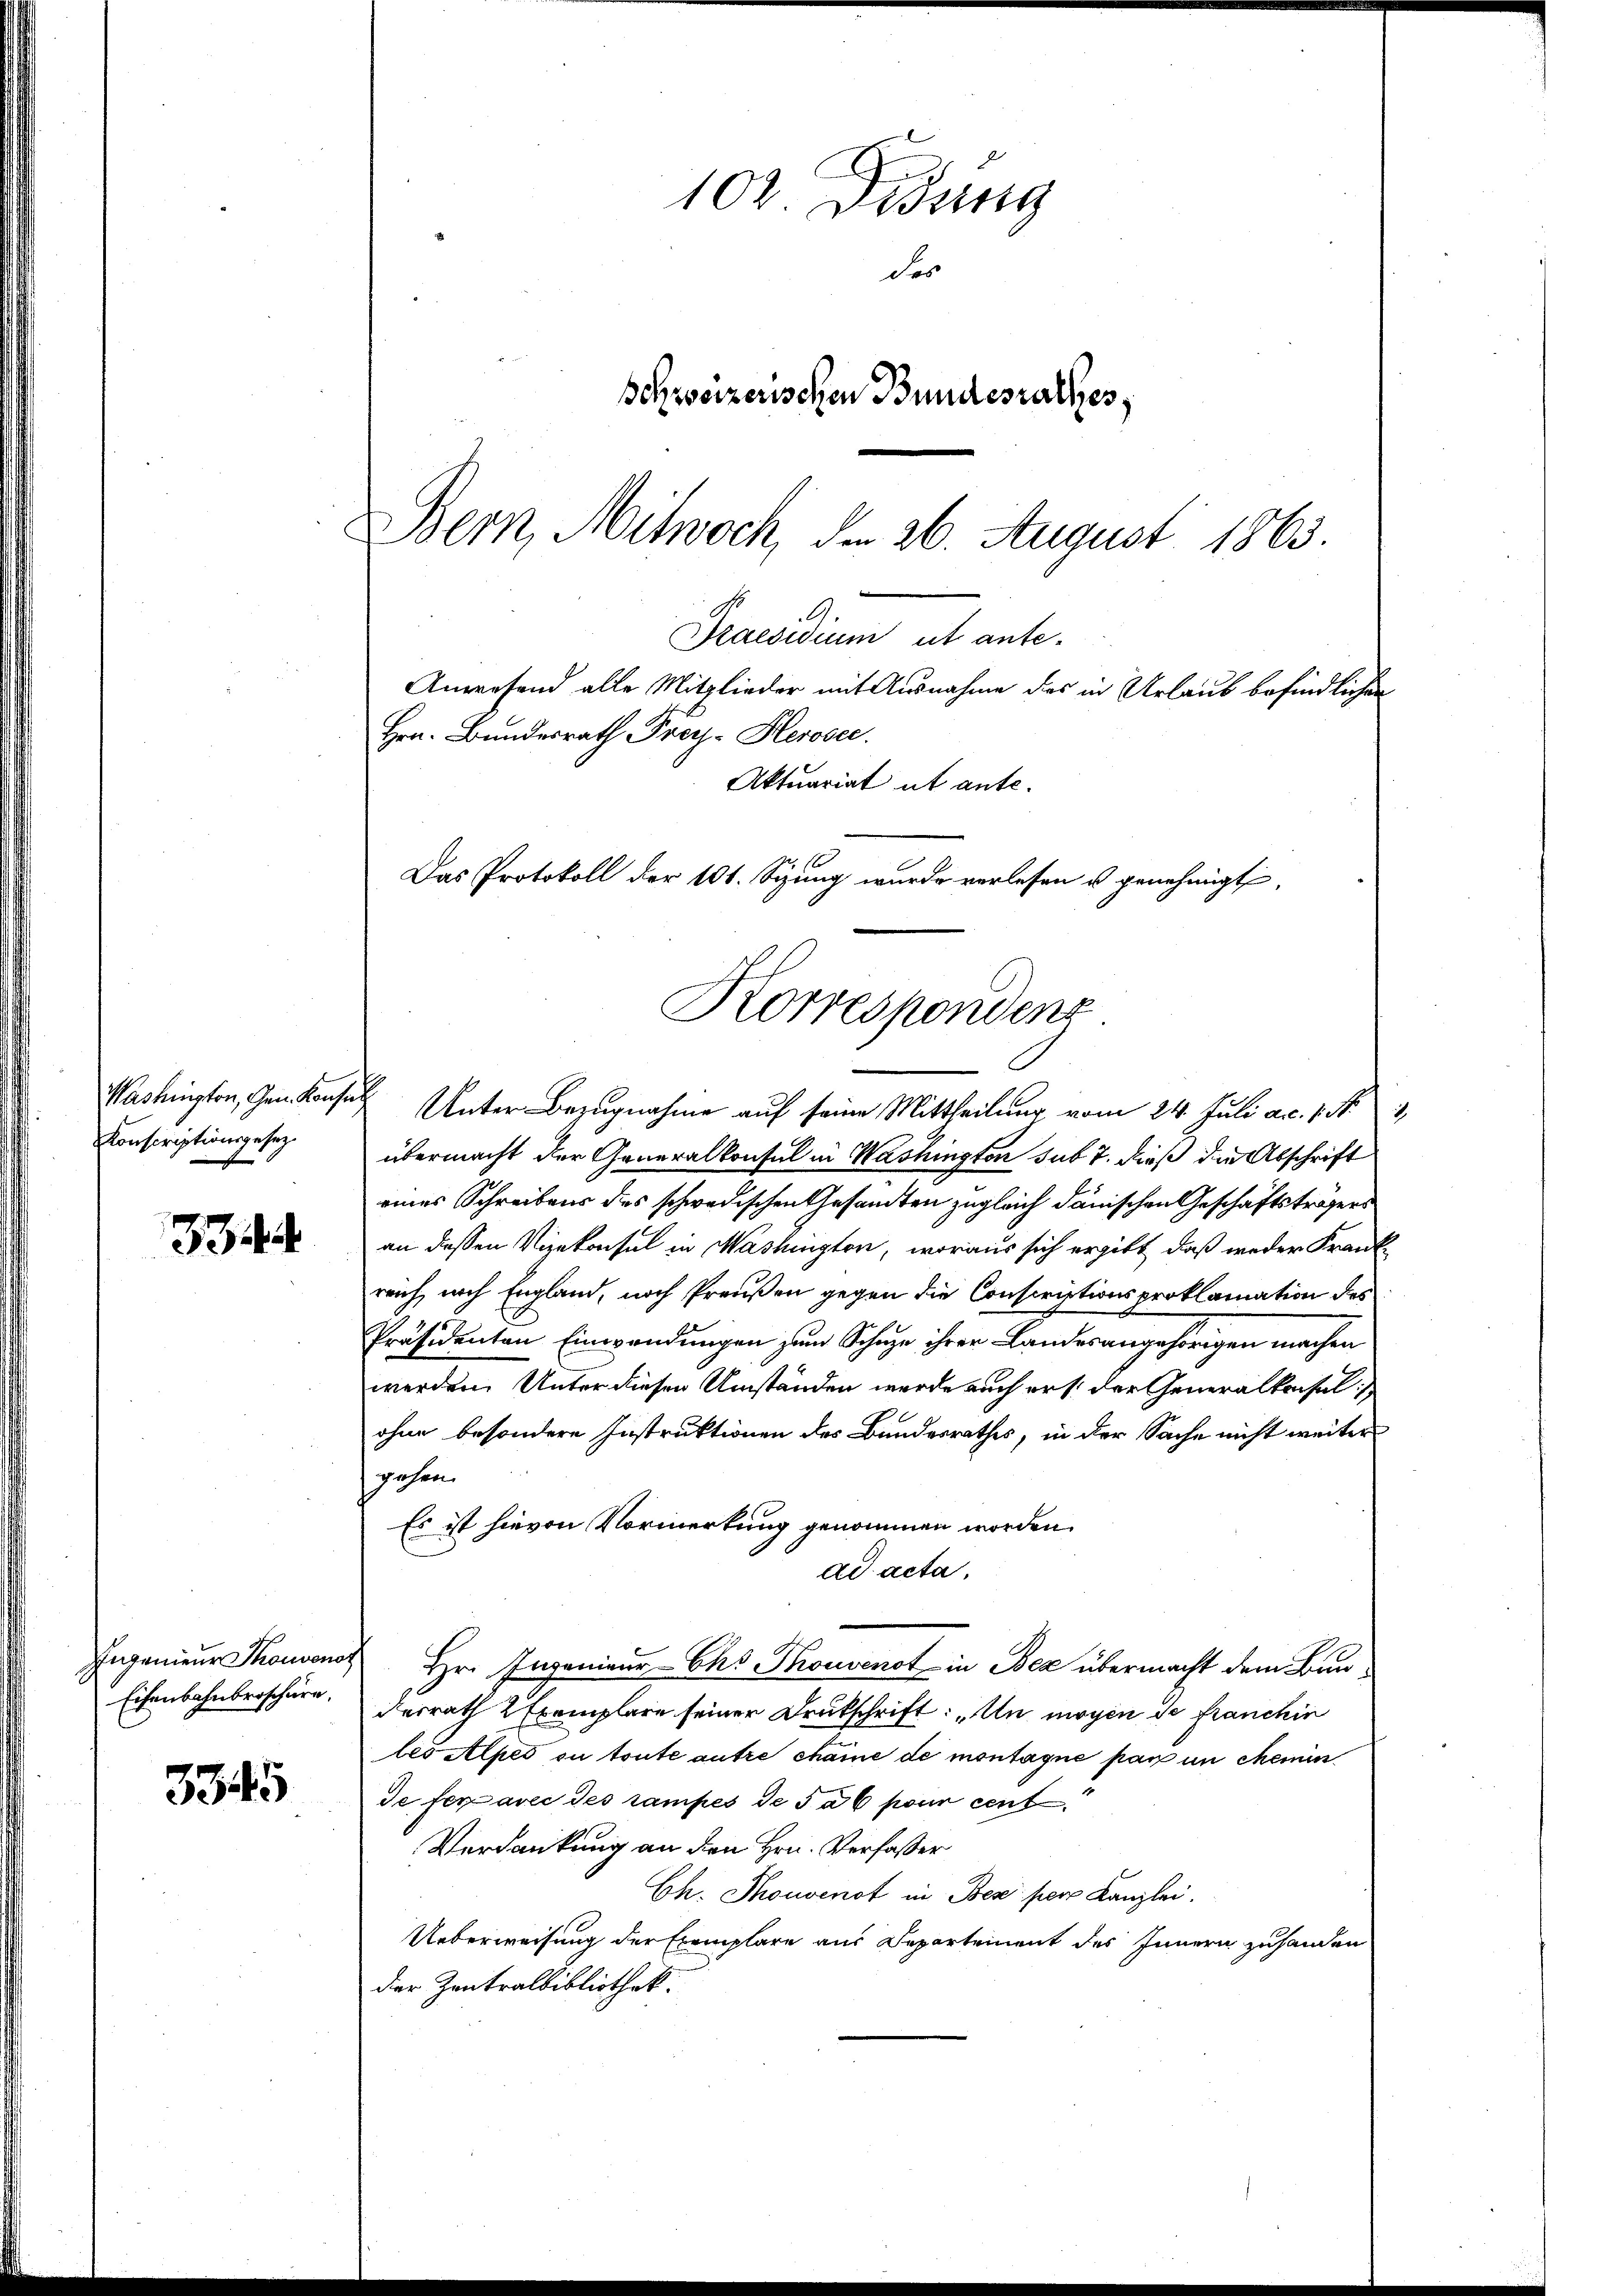
Washington, Gen. Konse
Konscriptionsgesez

234

Ingenieur Thouvenoz
Eisenbahnbroschürn.

3345

102. Didung
des
schweizerischen Bundesrathes,
Bern, Mitwoch, den 26. August 1863.

Praesidium ut ante-
Anwesend alle Mitglieder mit Ausnahme des in Urlaub befindlichen
Hrn. Bundesrath Frey-Herosec.
Aktuariat ut ante.
Das Protokoll der 101. Spung wurde verlesen u genehmigt,
Korrespondenz

Unter Bezugnahme auf seine Mittheilung vom 24. Juli a.c. s. S. 1
übermacht der Generalkonsul in Washington sub 7. dieß die Abschrift
eines Schreibens des schwedischen Gesandten zugleich danischen Geschäftsträgers
an dessen Vizekonsul in Washington, woraus sich ergibt, daß weder Frankreich, nach England, noch Preußen gegen die Conscriptionsproklamation des
Präsidenten Einwendungen zum Schuze ihrer Landesangehörigen machen
werden. Unter diesen Umständen werde auch erst der Generalkonsul
ohne besondere Instruktionen des Bundesrathes, in der Sache nicht weiter
gehen.
Es ist hievon Vormerkung genommen worden.
ad acta,
Hr. Ingenieur-Chs Thouvenot in Bez übermacht dem Bunderrath Exemplare seiner Drukschrift: „Un mögen de franchin
les Alpes ou toute autre chame de montaque par un chemin
de feravec des rampes de sa 6 pour cent
Verdankung an den Hrn. Verfasser
Ch. Thouvenot in Bes per Kanzlei.
Ueberweisung der Exemplare aus Departement des Innern zuhanden
der Zentralbibliothek.